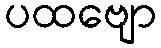
ပထဗျော